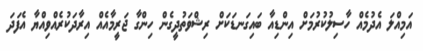
އަމިއްލަ އެދުމެއް ހާސިލުކުރުމަށް އިންޑިއާ ބައިގަނޑަކަށް ރިޝްވަތުދީގެން ހިންގާ ޖަރީމާއެއް އިރާދަކުރެއްވިއްޔާ އެފަދަ